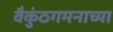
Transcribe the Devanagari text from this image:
वैकुंठगमनाच्या